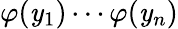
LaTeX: \varphi(\mathit{y}_{1})\cdots\varphi(\mathit{y}_{n})